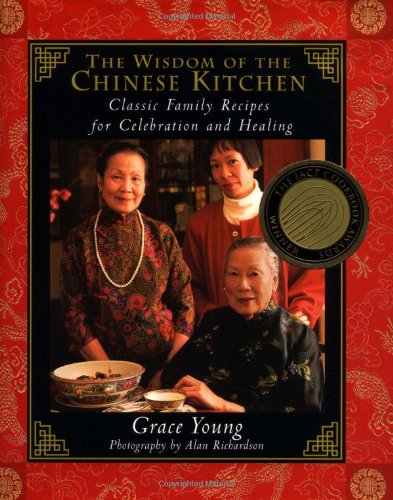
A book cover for The Wisdom of the Chinese Kitchen; Grace Young; Cookbooks, Food & Wine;